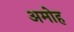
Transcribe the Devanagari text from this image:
अमोह